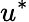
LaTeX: u^{\ast}